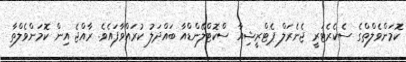
ކޮމަންވެލްތްގެ ސެކެރެެޓަރީ ޖެނެރަލް ޕެޓްރީޝިއާ ސްކޮޓްލޭންޑްއާ ބައްދަލު ކުރައްވާފައެވެ. ރާއްޖެ އިން ކޮމަންވެލްތާ